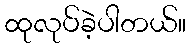
ထုလုပ်ခဲ့ပါတယ်။